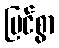
မြင်စွာ